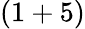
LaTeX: (1+5)